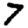
Digit: 7